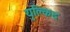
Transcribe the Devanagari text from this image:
युक्लिद